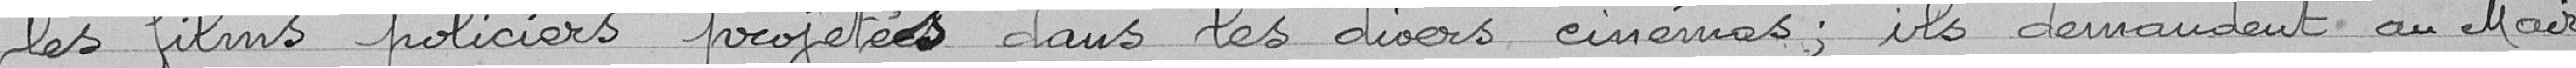
les films policiers projetés dans les divers cinémas ; ils demandent au Maire